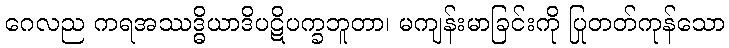
ဂေလည ကရအဿဒ္ဓိယာဒိပဋိပက္ခဘူတာ၊ မကျန်းမာခြင်းကို ပြုတတ်ကုန်သော